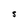
Character: S